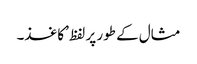
مثال کے طور پر لفظ ’کاغذ۔